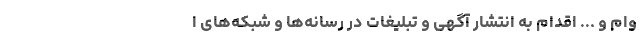
وام و ... اقدام به انتشار آگهی و تبلیغات در رسانه‌ها و شبکه‌های ا